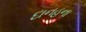
દાનહના